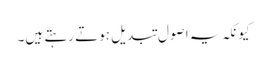
کیونکہ یہ اصول تبدیل ہوتے رہتے ہیں۔